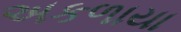
અકળાયા